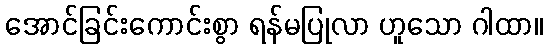
အောင်ခြင်းကောင်းစွာ ရန်မပြုလာ ဟူသော ဂါထာ။